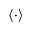
\langle \cdot \rangle